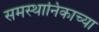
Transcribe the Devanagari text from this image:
समस्थानिकाच्या